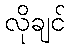
လိုချင်